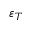
\varepsilon _ { T }